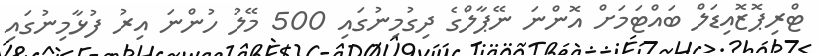
ޓްރިޕޮޒޮއިޑަލް ބައްޓަމަށް އޮންނަ ނޭޕާލްގެ ދިގުމިނުގައި 500 މޭލު ހުންނަ އިރު ފުޅާމިނުގައި